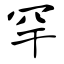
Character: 罕